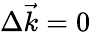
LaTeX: \Delta\vec{k}=0